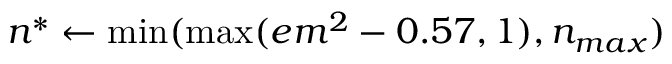
n ^ { * } \leftarrow \operatorname* { m i n } ( \operatorname* { m a x } ( e m ^ { 2 } - 0 . 5 7 , 1 ) , n _ { m a x } )